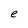
Character: e